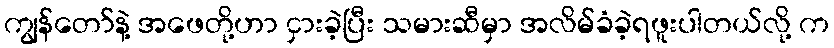
ကျွန်တော်နဲ့ အဖေတို့ဟာ ငှားခဲ့ပြီး သမားဆီမှာ အလိမ်ခံခဲ့ရဖူးပါတယ်လို့ က